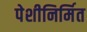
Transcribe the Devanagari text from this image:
पेशीनिर्मित